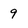
Character: 9